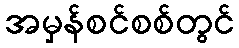
အမှန်စင်စစ်တွင်